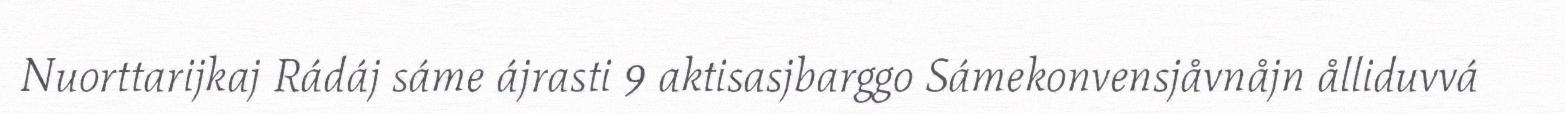
Nuorttarijkaj Rádáj sáme ájrasti 9 aktisasjbarggo Sámekonvensjåvnåjn ålliduvvá